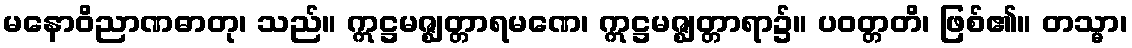
မနောဝိညာဏဓာတု၊ သည်။ ဣဋ္ဌမဇ္ဈတ္တာရမဏေ၊ ဣဋ္ဌမဇ္ဈတ္တာရာ၌။ ပဝတ္တတိ၊ ဖြစ်၏။ တသ္မာ၊